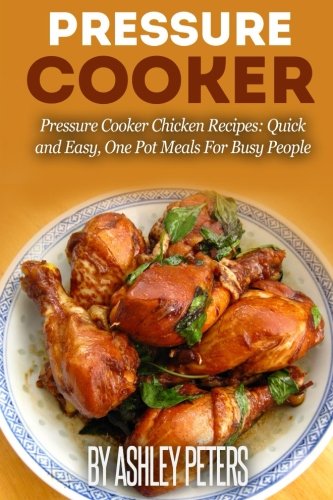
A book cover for Pressure Cooker: Pressure Cooker Chicken Recipes:Quick and Easy, One Pot Meals For Busy People; Ashley Peters; Cookbooks, Food & Wine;